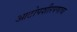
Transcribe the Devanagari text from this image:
आटोपशीरपणाचा